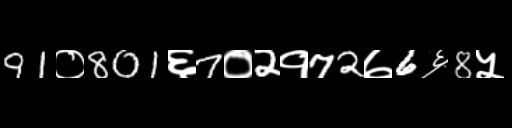
Text: 91०801६7०2१72७6६8५